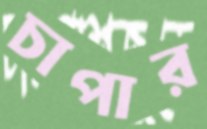
চাপার